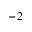
^ { - 2 }